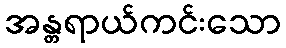
အန္တရာယ်ကင်းသော